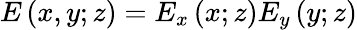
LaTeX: E\left(x,y;z\right)=E_{x}\left(x;z\right)E_{y}\left(y;z\right)